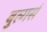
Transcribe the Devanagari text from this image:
बुल्गर्स